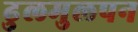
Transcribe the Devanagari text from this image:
ढुलमुलपन